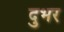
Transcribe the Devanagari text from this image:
दुभर